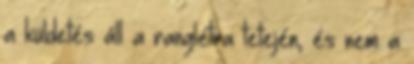
a küldetés áll a ranglétra tetején, és nem a